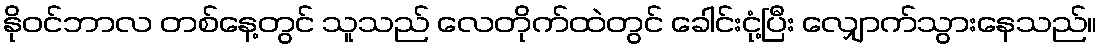
နိုဝင်ဘာလ တစ်နေ့တွင် သူသည် လေတိုက်ထဲတွင် ခေါင်းငုံ့ပြီး လျှောက်သွားနေသည်။